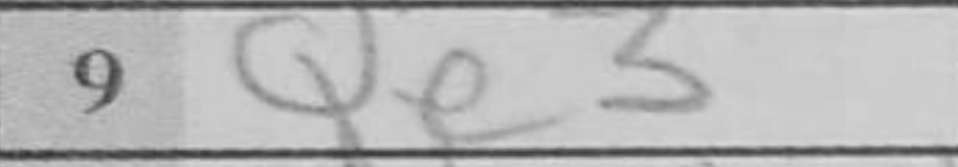
Transcription: Qe3